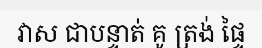
វាស ជាបន្ទាត់ គូ ត្រង់ ផ្ទៃ